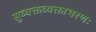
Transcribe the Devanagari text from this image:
सुव्यक्तव्यक्ताभरणः